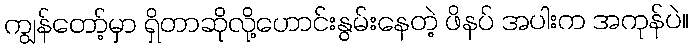
ကျွန်တော့်မှာ ရှိတာဆိုလို့ဟောင်းနွမ်းနေတဲ့ ဖိနပ် အပါးက အကုန်ပဲ။